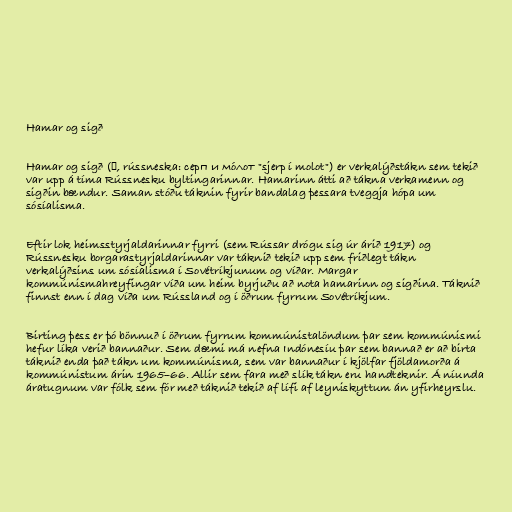
Hamar og sigð

Hamar og sigð (☭, rússneska: серп и мо́лот "sjerp í molot") er verkalýðstákn sem tekið
var upp á tíma Rússnesku byltingarinnar. Hamarinn átti að tákna verkamenn og
sigðin bændur. Saman stóðu táknin fyrir bandalag þessara tveggja hópa um
sósíalisma.

Eftir lok heimsstyrjaldarinnar fyrri (sem Rússar drógu sig úr árið 1917) og
Rússnesku borgarastyrjaldarinnar var táknið tekið upp sem friðlegt tákn
verkalýðsins um sósíalisma í Sovétríkjunum og víðar. Margar
kommúnismahreyfingar víða um heim byrjuðu að nota hamarinn og sigðina. Táknið
finnst enn í dag víða um Rússland og í öðrum fyrrum Sovétríkjum.

Birting þess er þó bönnuð í öðrum fyrrum kommúnistalöndum þar sem kommúnismi
hefur líka verið bannaður. Sem dæmi má nefna Indónesíu þar sem bannað er að birta
táknið enda það tákn um kommúnisma, sem var bannaður í kjölfar fjöldamorða á
kommúnistum árin 1965–66. Allir sem fara með slík tákn eru handteknir. Á níunda
áratugnum var fólk sem fór með táknið tekið af lífi af leyniskyttum án yfirheyrslu.